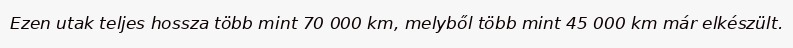
Ezen utak teljes hossza több mint 70 000 km, melyből több mint 45 000 km már elkészült.